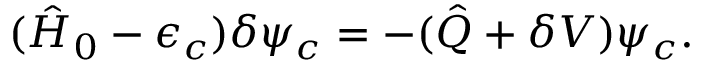
( \hat { H } _ { 0 } - \epsilon _ { c } ) \delta \psi _ { c } = - ( \hat { Q } + \delta V ) \psi _ { c } .